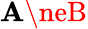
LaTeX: \mathbf{A}\neB